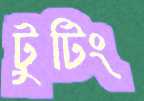
টুটিং